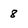
Character: 8